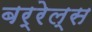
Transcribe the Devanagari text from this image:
बर्रेल्स